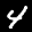
Label: 4